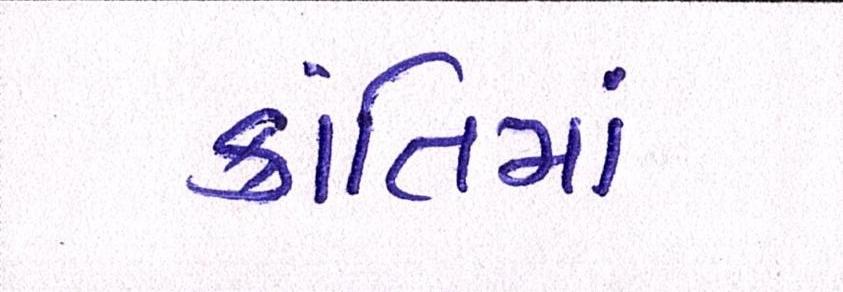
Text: ક્રાંતિમાં